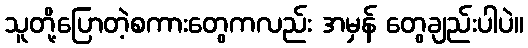
သူတို့ပြောတဲ့စကားတွေကလည်း အမှန် တွေချည်းပါပဲ။